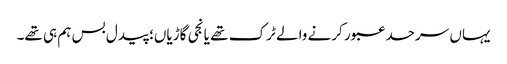
یہاں سرحد عبور کرنے والے ٹرک تھے یا نجی گاڑیاں؛ پیدل بس ہم ہی تھے۔